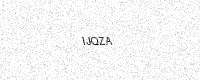
Text: IJQZA